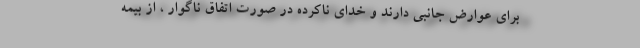
برای عوارض جانبی دارند و خدای ناکرده در صورت اتفاق ناگوار ، از بیمه